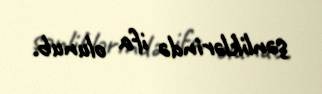
şənliklərində ifa olunub.